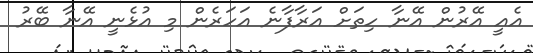
އެއީ އޭރުން އޭނާ ހިތަށް އަރާފާނެ އަހަރެން މި އުޅެނީ އޭނާ ބޭރު